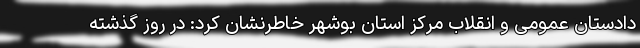
دادستان عمومی و انقلاب مرکز استان بوشهر خاطرنشان کرد: در روز گذشته